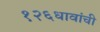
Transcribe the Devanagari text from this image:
१२६धावांची